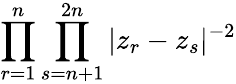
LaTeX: \prod_{r=1}^{n}\prod_{s=n+1}^{2n}|z_{r}-z_{s}|^{-2}